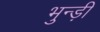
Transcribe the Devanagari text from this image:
भुन्ड़ी